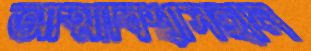
আত্মাবিশ্বাসহীন